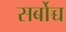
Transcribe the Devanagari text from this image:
सर्बोच्च